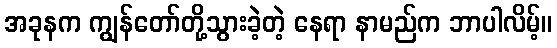
အခုနက ကျွန်တော်တို့သွားခဲ့တဲ့ နေရာ နာမည်က ဘာပါလိမ့်။